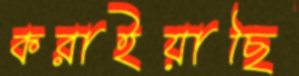
করাইয়াছি